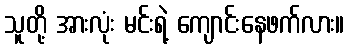
သူတို့ အားလုံး မင်းရဲ့ ကျောင်းနေဖက်လား။